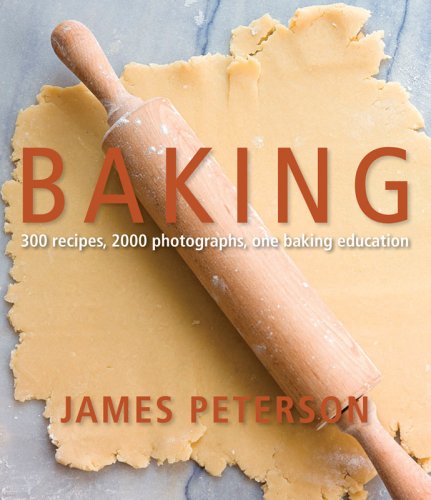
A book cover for Baking; James Peterson; Cookbooks, Food & Wine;